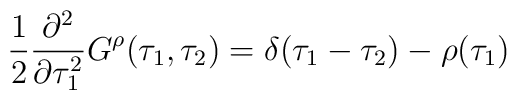
{1\over 2}{\partial^2\over\partial\tau_1^2}G^{\rho}(\tau_1,\tau_2)=\delta(\tau_1 -\tau_2)-\rho(\tau_1)